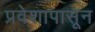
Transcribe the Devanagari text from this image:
प्रवेशापासून